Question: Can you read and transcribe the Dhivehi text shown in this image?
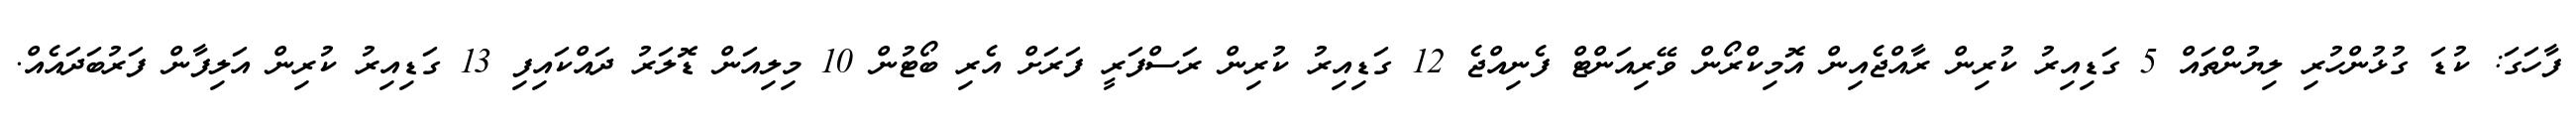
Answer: ފާހަގަ: ކުޑަ ގުޅުންހުރި ލިޔުންތައް 5 ގަޑިއިރު ކުރިން ރާއްޖެއިން އޮމިކްރޯން ވޭރިއަންޓް ފެނިއްޖެ 12 ގަޑިއިރު ކުރިން ރަސްފަރީ ފަރަށް އެރި ބޯޓުން 10 މިލިއަން ޑޮލަރު ދައްކައިފި 13 ގަޑިއިރު ކުރިން އަލިފާން ފަރުބަދައެއް.